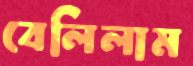
বেলিলাম